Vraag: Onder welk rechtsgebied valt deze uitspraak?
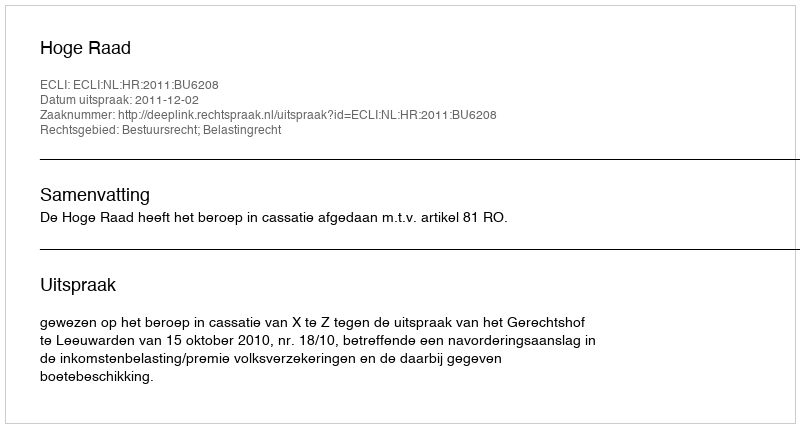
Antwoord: Bestuursrecht; Belastingrecht